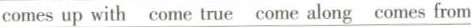
comes up with come true come along comes from